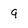
Character: 9